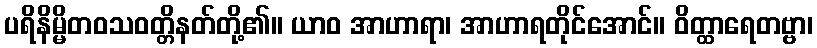
ပရိနိမ္မိတဝသဝတ္တိနတ်တို့၏။ ယာဝ အာဟာရာ၊ အာဟာရတိုင်အောင်။ ဝိတ္ထာရေတဗ္ဗာ၊